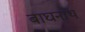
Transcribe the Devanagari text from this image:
बाघनाथ